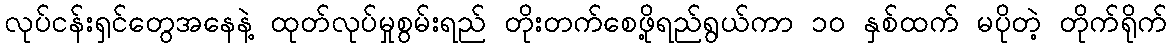
လုပ်ငန်းရှင်တွေအနေနဲ့ ထုတ်လုပ်မှုစွမ်းရည် တိုးတက်စေဖို့ရည်ရွယ်ကာ ၁၀ နှစ်ထက် မပိုတဲ့ တိုက်ရိုက်